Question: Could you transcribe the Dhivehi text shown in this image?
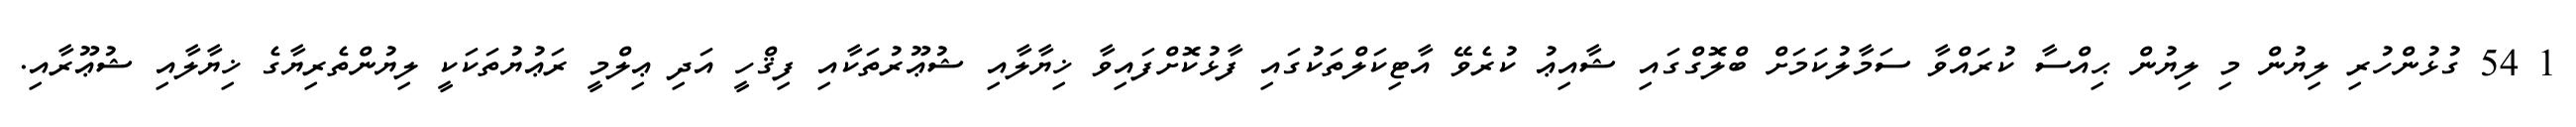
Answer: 1 54 ގުޅުންހުރި ލިޔުން މި ލިޔުން ޙިއްސާ ކުރައްވާ ސަމާލުކަމަށް ބްލޮގްގައި ޝާއިޢު ކުރެވޭ އާޓިކަލްތަކުގައި ފާޅުކޮށްފައިވާ ޚިޔާލާއި ޝުޢޫރުތަކާއި ފިޤްހީ އަދި ޢިލްމީ ރަޢުޔުތަކަކީ ލިޔުންތެރިޔާގެ ޚިޔާލާއި ޝުޢޫރާއި.